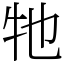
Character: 牠